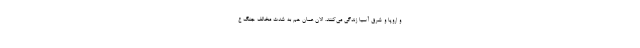
و اروپا و شرق آسیا زندگی می‌کنند. الان عمان هم به شدت مخالف جنگ ع